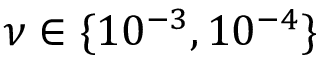
\nu \in \{ 1 0 ^ { - 3 } , 1 0 ^ { - 4 } \}